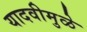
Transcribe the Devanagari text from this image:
यादवीमुळे